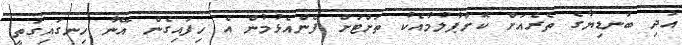
އަދި ބަނޑިޔާގެ ތެރެއަށް ކޮށްޕާލުމާއެކު ތަށްޓަށް ފެންއެޅުމުން އެ ހިފައިގެން އޭނާ ހިނގައިގަތީ